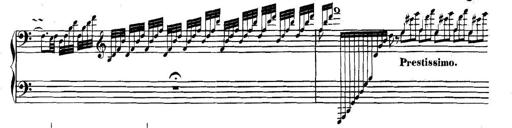
Title: Collected Piano Sonatas
Composer: Muzio Clementi